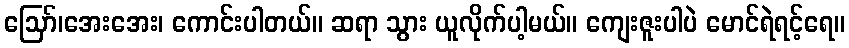
ဪ၊အေးအေး၊ ကောင်းပါတယ်။ ဆရာ သွား ယူလိုက်ပါ့မယ်။ ကျေးဇူးပါပဲ မောင်ရဲရင့်ရေ။